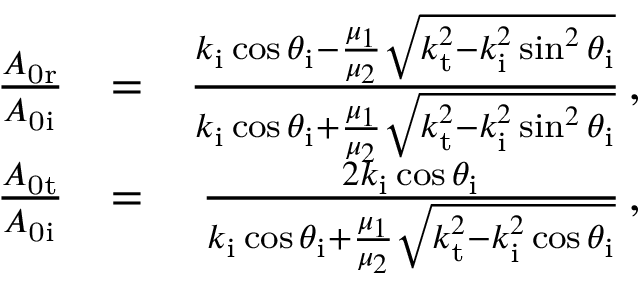
\begin{array} { r l r } { \frac { A _ { \mathrm { 0 r } } } { A _ { \mathrm { 0 i } } } } & { = } & { \frac { k _ { \mathrm { i } } \cos \theta _ { \mathrm { i } } - \frac { \mu _ { 1 } } { \mu _ { 2 } } \sqrt { k _ { \mathrm { t } } ^ { 2 } - k _ { \mathrm { i } } ^ { 2 } \sin ^ { 2 } \theta _ { \mathrm { i } } } } { k _ { \mathrm { i } } \cos \theta _ { \mathrm { i } } + \frac { \mu _ { 1 } } { \mu _ { 2 } } \sqrt { k _ { \mathrm { t } } ^ { 2 } - k _ { \mathrm { i } } ^ { 2 } \sin ^ { 2 } \theta _ { \mathrm { i } } } } \, , } \\ { \frac { A _ { \mathrm { 0 t } } } { A _ { \mathrm { 0 i } } } } & { = } & { \frac { 2 k _ { \mathrm { i } } \cos \theta _ { \mathrm { i } } } { k _ { \mathrm { i } } \cos \theta _ { \mathrm { i } } + \frac { \mu _ { 1 } } { \mu _ { 2 } } \sqrt { k _ { \mathrm { t } } ^ { 2 } - k _ { \mathrm { i } } ^ { 2 } \cos \theta _ { \mathrm { i } } } } \, , } \end{array}